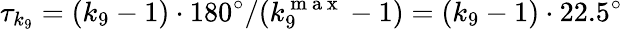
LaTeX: \tau_{k_{9}}=(k_{9}-1)\cdot 180^{\circ}/(k_{9}^{\mathrm{~m~a~x~}}-1)=(k_{9}-1)\cdot 22.5^{\circ}